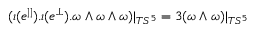
( \iota ( e ^ { | | } ) . \iota ( e ^ { \perp } ) . \omega \wedge \omega \wedge \omega ) | _ { T S ^ { 5 } } = 3 ( \omega \wedge \omega ) | _ { T S ^ { 5 } }